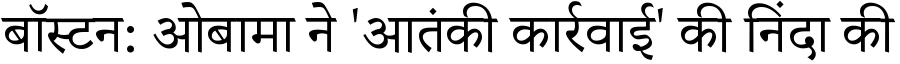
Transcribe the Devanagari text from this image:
बॉस्टन: ओबामा ने 'आतंकी कार्रवाई' की निंदा की